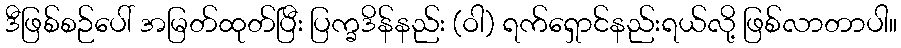
ဒီဖြစ်စဉ်ပေါ် အမြတ်ထုတ်ပြီး ပြက္ခဒိန်နည်း (ဝါ) ရက်ရှောင်နည်းရယ်လို့ ဖြစ်လာတာပါ။